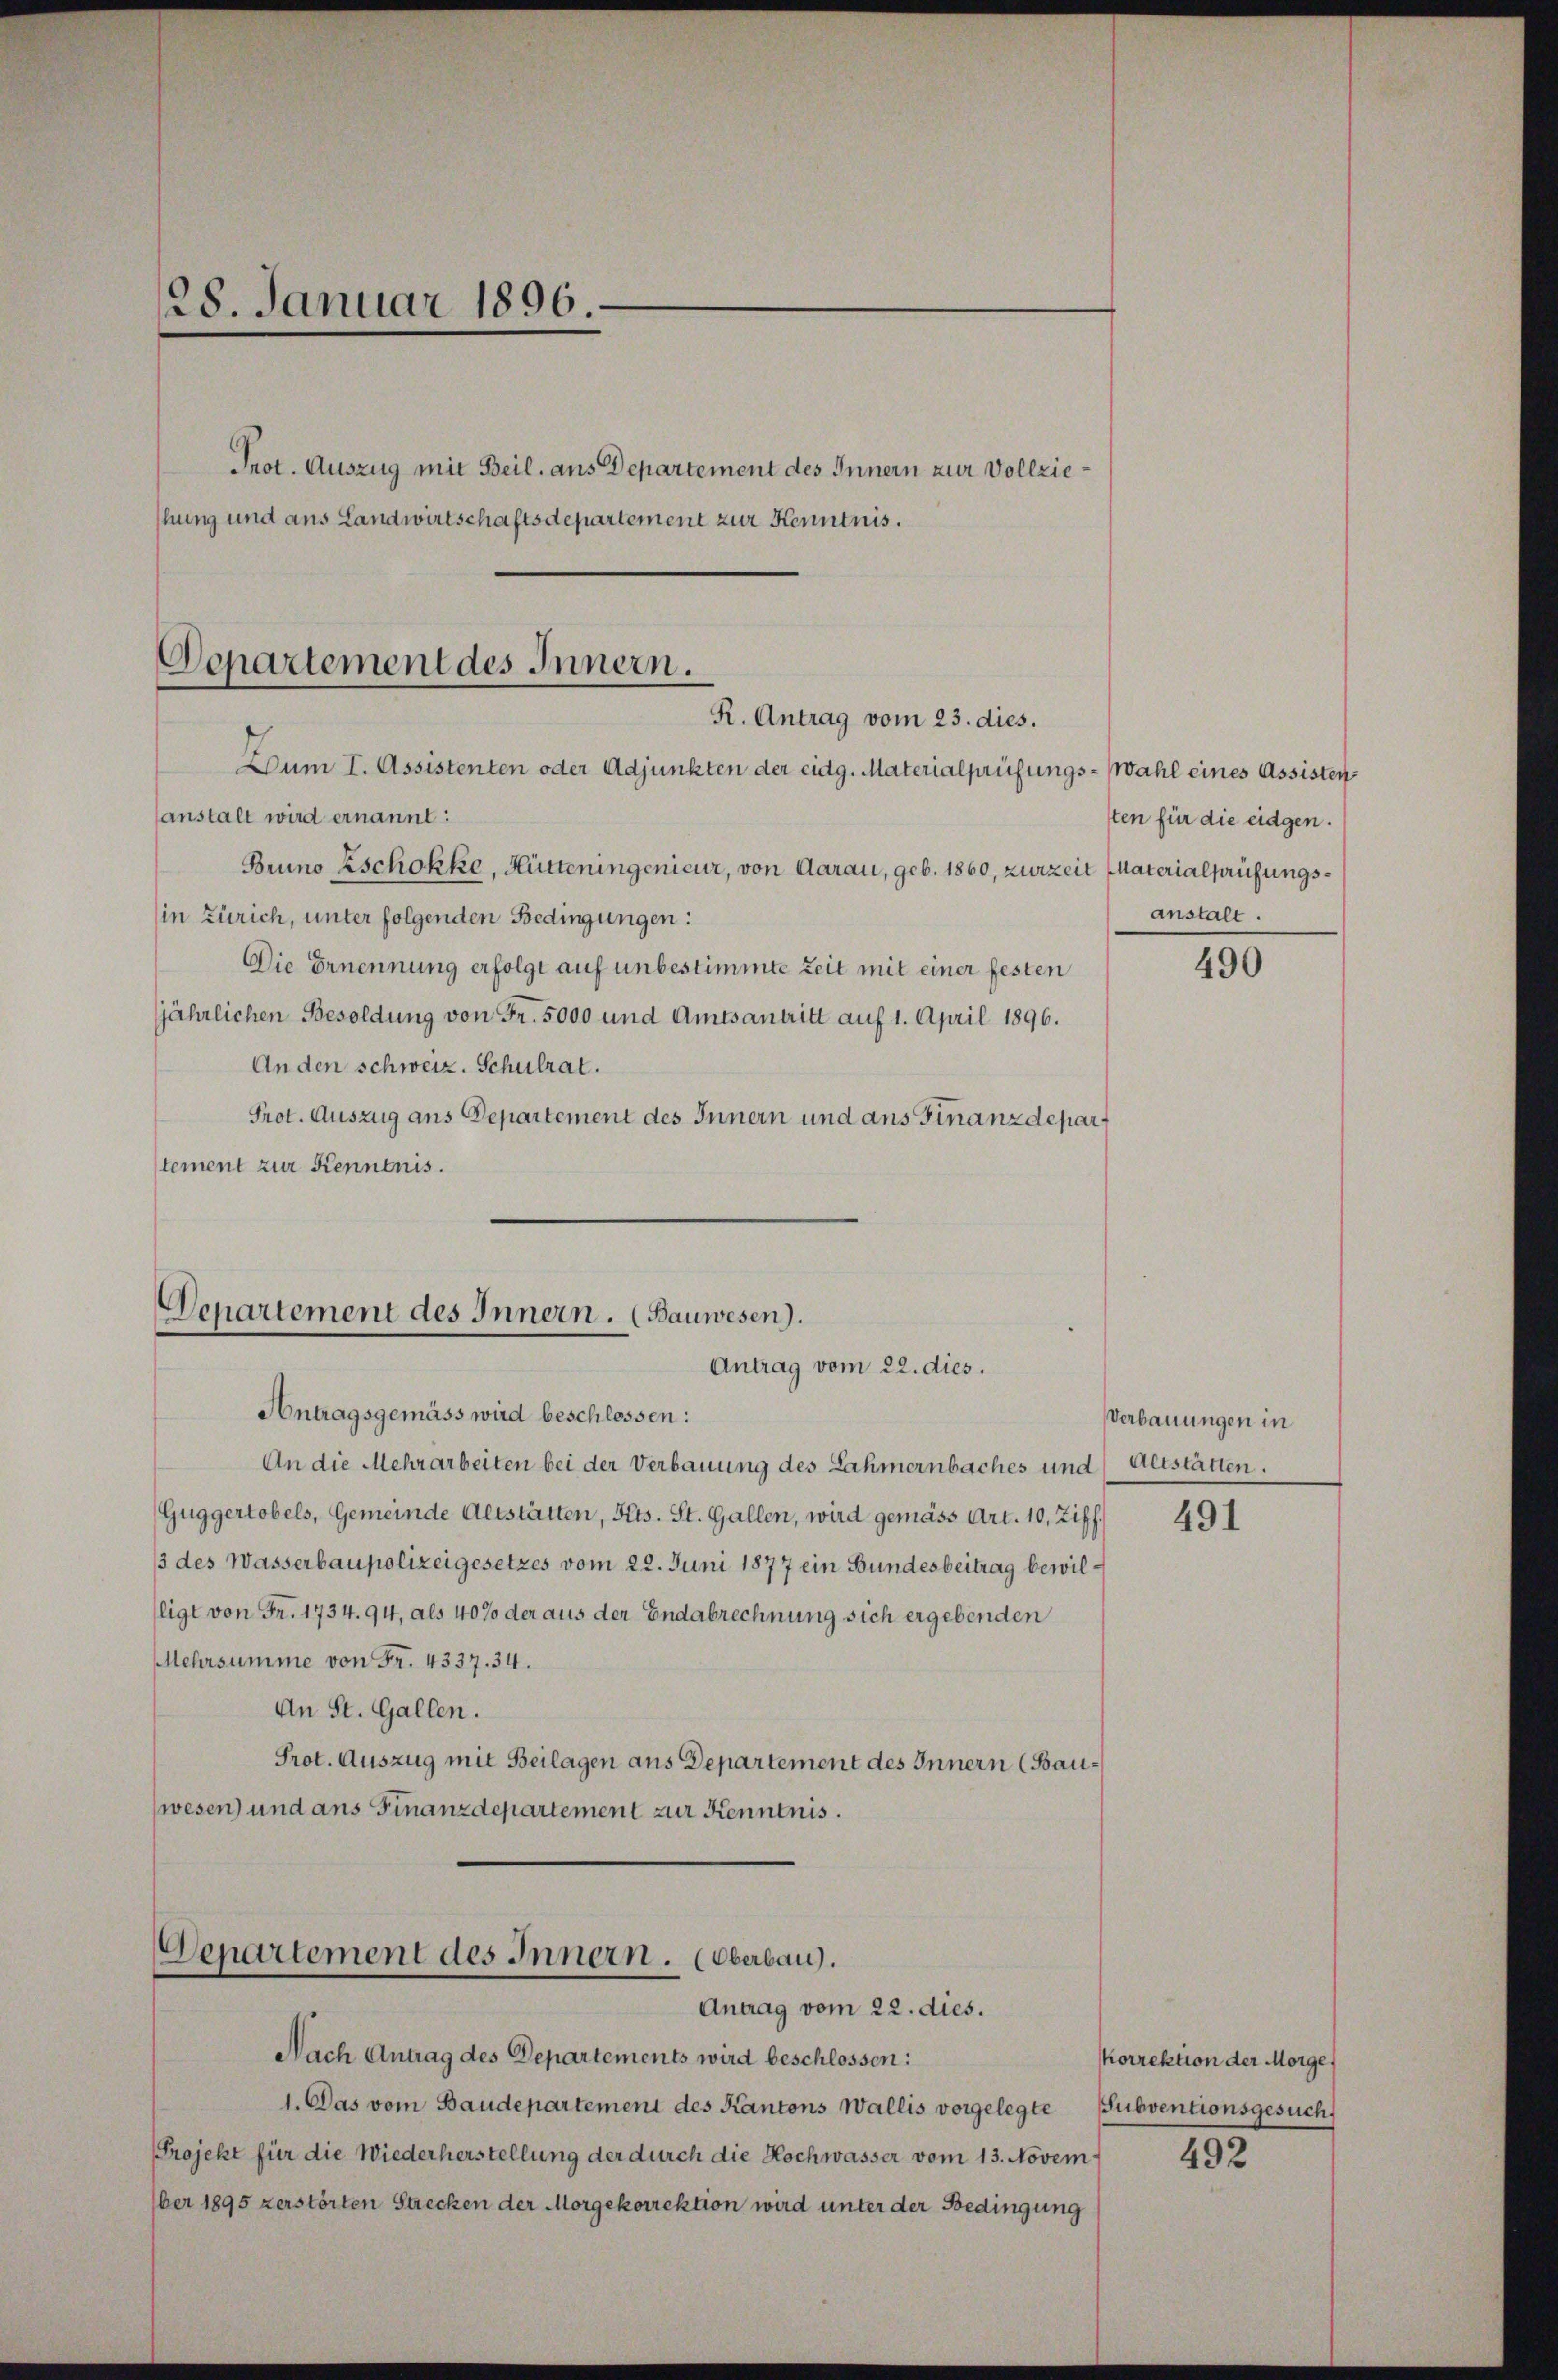
28. Januar 1896
Prot. Auszug mit Beil. aus Departement des Innern zur Vollziehung und aus Landwirtschaftsdepartement zur Kenntnis.

Departement des Innern.
R. Antrag vom 23. dies.
Dum I. Assistenten oder Adjunkten der eidg. Materialprüfungs- Wahl eines Assisten

Denartement des Innern. (Bauwesen).
Antrag vom 22. dies.

Antragsgemäss wird beschlossen:
An die Mehrarbeiten bei der Verbauung des Lahmernbaches und Altstatten.
Guggertobels, Gemeinde Altstätten, Kts. St. Gallen, wird gemäss Art. 10, Ziff.
13 des Wasserbaupolizeigesetzes vom 22. Juni 1877 ein Bundesbeitrag bewilligt von Fr. 1734. 94, als 40% der aus der Endabrechnung sich ergebenden
Mehrsumme von Fr. 4337. 34.
An St. Gallen.
Prot. Auszug mit Beilagen aus Departement des Innern (Bauwesen) und ans Finanzdepartement zur Kenntnis.

anstalt wird ernannt:
Bruno Zschokke, Hütteningenieur, von Aarau, geb. 1860, zurzeit Materialprüfungsin Zürich, unter folgenden Bedingungen:
Die Ernennung erfolgt auf unbestimmte Zeit mit einer festen
jährlichen Besoldung von Fr. 5000 und Amtsantritt auf 1. April 1896.
An den schweiz. Schulrat.
Prot. Auszug aus Departement des Innern und aus Finanzdepart
stement zur Kenntnis.

Departement des Innern. (Oberbau).
Antrag vom 22. dies.

Nach Antrag des Departements wird beschlossen:
1. Das vom Baudepartement des Kantons Wallis vorgelegte Subventionsgesuch
Projekt für die Wiederherstellung der durch die Hochwasser vom 13. November 1895 zerstörten Strecken der Morgekorrektion wird unter der Bedingung

sten für die eidgen.
anstalt.

491

490

Verbauungen in

korrektion der Morge

492